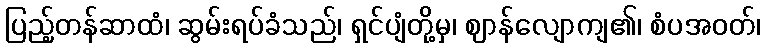
ပြည့်တန်ဆာထံ၊ ဆွမ်းရပ်ခံသည်၊ ရှင်ပျံတို့မှ၊ ဈာန်လျောကျ၏၊ စံပအဝတ်၊